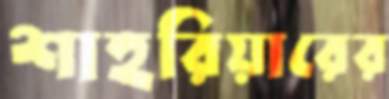
শাহরিয়ারের